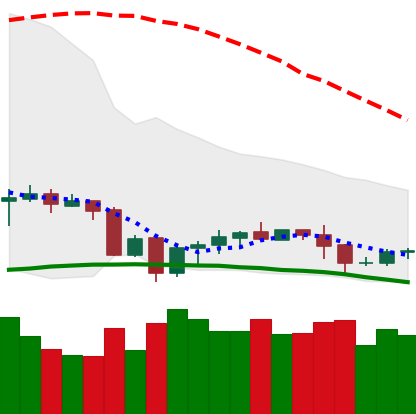
Ticker: EOS-USD
Chart end date: 2020-10-05
Forward return: 4.816%
Label: up_3_5